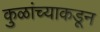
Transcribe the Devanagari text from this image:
कुळांच्याकडून